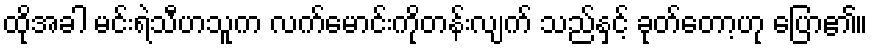
ထိုအခါ မင်းရဲသီဟသူက လက်မောင်းကိုတန်းလျက် သည်နှင့် ခုတ်တော့ဟု ပြော၏။